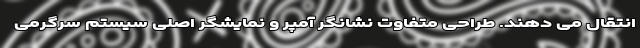
انتقال می دهند. طراحی متفاوت نشانگر آمپر و نمایشگر اصلی سیستم سرگرمی